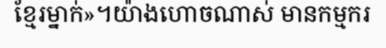
ខ្មែរម្នាក់»។យ៉ាងហោចណាស់ មានកម្មករ